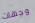
وجهات